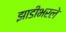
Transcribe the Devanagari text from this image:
झाडीभरले